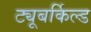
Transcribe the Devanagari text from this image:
ट्यूबर्किल्ड